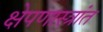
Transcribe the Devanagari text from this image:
क्षेपणास्त्रांत